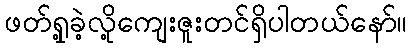
ဖတ်ရှု့ခဲ့လို့ကျေးဇူးတင်ရှိပါတယ်နော်။